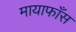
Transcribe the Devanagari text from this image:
मायाफाँस